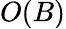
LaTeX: O(B)